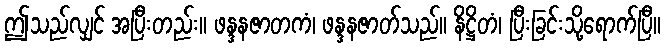
ဤသည်လျှင် အပြီးတည်း။ ဖန္ဒနဇာတကံ၊ ဖန္ဒနဇာတ်သည်။ နိဋ္ဌိတံ၊ ပြီးခြင်းသို့ရောက်ပြီ။